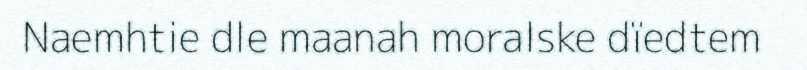
Naemhtie dle maanah moralske dïedtem